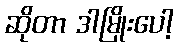
ဆိုတာ ဒါမြိုးပေါ့